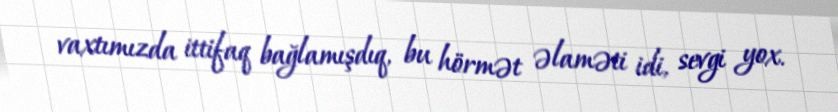
vaxtımızda ittifaq bağlamışdıq, bu hörmət əlaməti idi, sevgi yox.